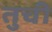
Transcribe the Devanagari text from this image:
तुची